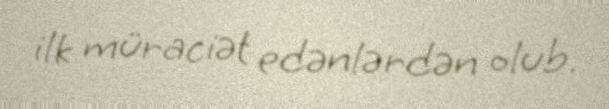
ilk müraciət edənlərdən olub.